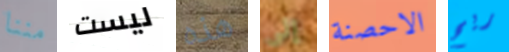
مننا ليست هذه إلى الاحصنة ريح